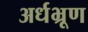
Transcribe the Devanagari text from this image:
अर्धभ्रूण